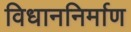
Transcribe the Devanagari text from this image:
विधाननिर्माण